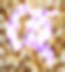
হে